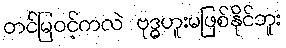
တင်မြဝင့်ကလဲ ဗုဒ္ဓဟူးမဖြစ်နိုင်ဘူး